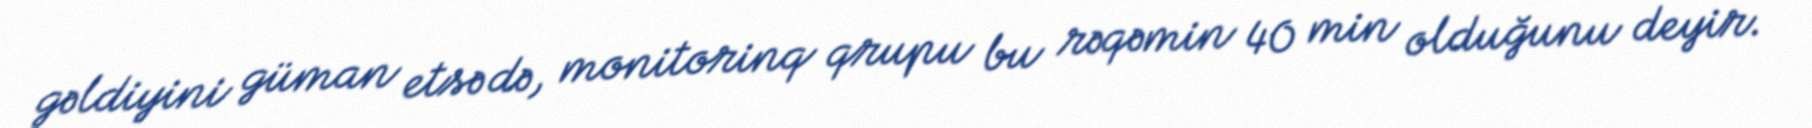
gəldiyini güman etsə də, monitorinq qrupu bu rəqəmin 40 min olduğunu deyir.